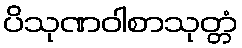
ပိသုဏဝါစာသုတ္တံ